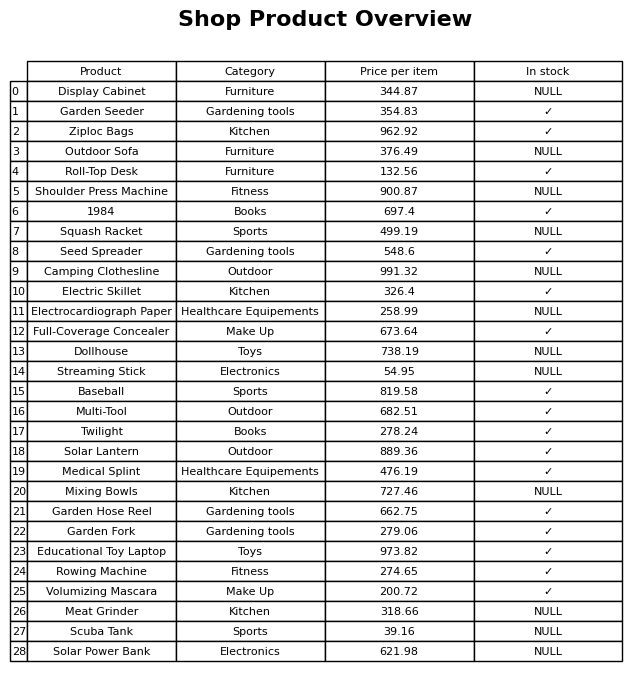
question: What is the price of the Streaming Stick?
answer: The price of Streaming Stick is 54.95.